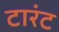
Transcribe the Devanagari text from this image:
टारंट